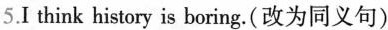
5.I think history is boring.(改为同义句)